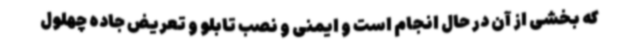
که بخشی از آن در حال انجام است و ایمنی و نصب تابلو و تعریض جاده چهلول